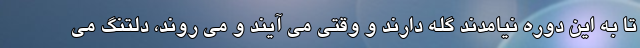
تا به این دوره نیامدند گله دارند و وقتی می آیند و می روند، دلتنگ می